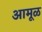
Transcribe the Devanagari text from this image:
आमूळ